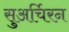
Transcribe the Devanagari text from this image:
सुअर्चिरन